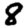
Digit: 8